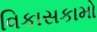
વિકાસકામો